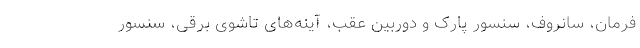
فرمان، سانروف، سنسور پارک و دوربین عقب، آینه‌های تاشوی برقی، سنسور